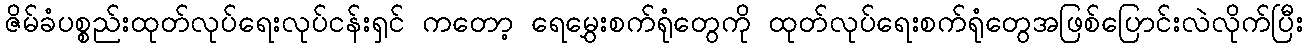
ဇိမ်ခံပစ္စည်းထုတ်လုပ်ရေးလုပ်ငန်းရှင် ကတော့ ရေမွှေးစက်ရုံတွေကို ထုတ်လုပ်ရေးစက်ရုံတွေအဖြစ်ပြောင်းလဲလိုက်ပြီး